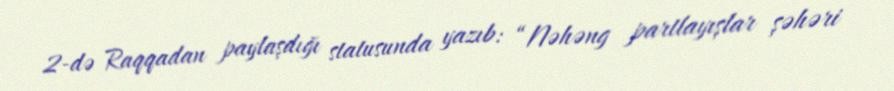
2-də Raqqadan paylaşdığı statusunda yazıb: “Nəhəng partlayışlar şəhəri